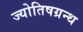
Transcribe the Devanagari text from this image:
ज्योतिषग्रन्थ